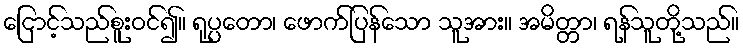
ငြောင့်သည်စူးဝင်၍။ ရုပ္ပတော၊ ဖောက်ပြန်သော သူအား။ အမိတ္တာ၊ ရန်သူတို့သည်။